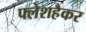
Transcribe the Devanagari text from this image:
फ्लेशहैकर